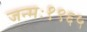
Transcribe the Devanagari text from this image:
जन्मः१९६५